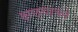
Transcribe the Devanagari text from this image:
क्षछ्वाको